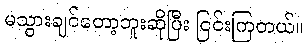
မသွားချင်တော့ဘူးဆိုပြီး ငြင်းကြတယ်။